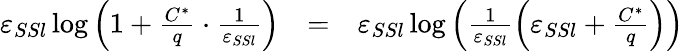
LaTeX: \begin{array}{rcl}{\varepsilon_{SSl}\log\left(1+\frac{C^{*}}{q}\cdot\frac{1}{\varepsilon_{SSl}}\right)}&{=}&{\varepsilon_{SSl}\log\left(\frac{1}{\varepsilon_{SSl}}\left(\varepsilon_{SSl}+\frac{C^{*}}{q}\right)\right)}\end{array}